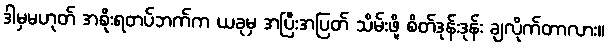
ဒါမှမဟုတ် အစိုးရတပ်ဘက်က ယခုမှ အပြီးအပြတ် သိမ်းဖို့ စိတ်ဒုန်းဒုန်း ချလိုက်တာလား။